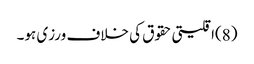
(8)اقلیتی حقوق کی خلاف ورزی ہو۔